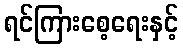
ရင်ကြားစေ့ရေးနှင့်